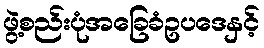
ဖွဲ့စည်းပုံအခြေခံဥပဒေနှင့်